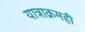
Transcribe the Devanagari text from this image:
यात्राक्रमही